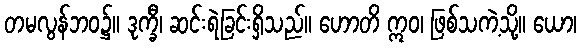
တမလွန်ဘဝ၌။ ဒုက္ခီ၊ ဆင်းရဲခြင်းရှိသည်။ ဟောတိ ဣဝ၊ ဖြစ်သကဲ့သို့။ ယော၊